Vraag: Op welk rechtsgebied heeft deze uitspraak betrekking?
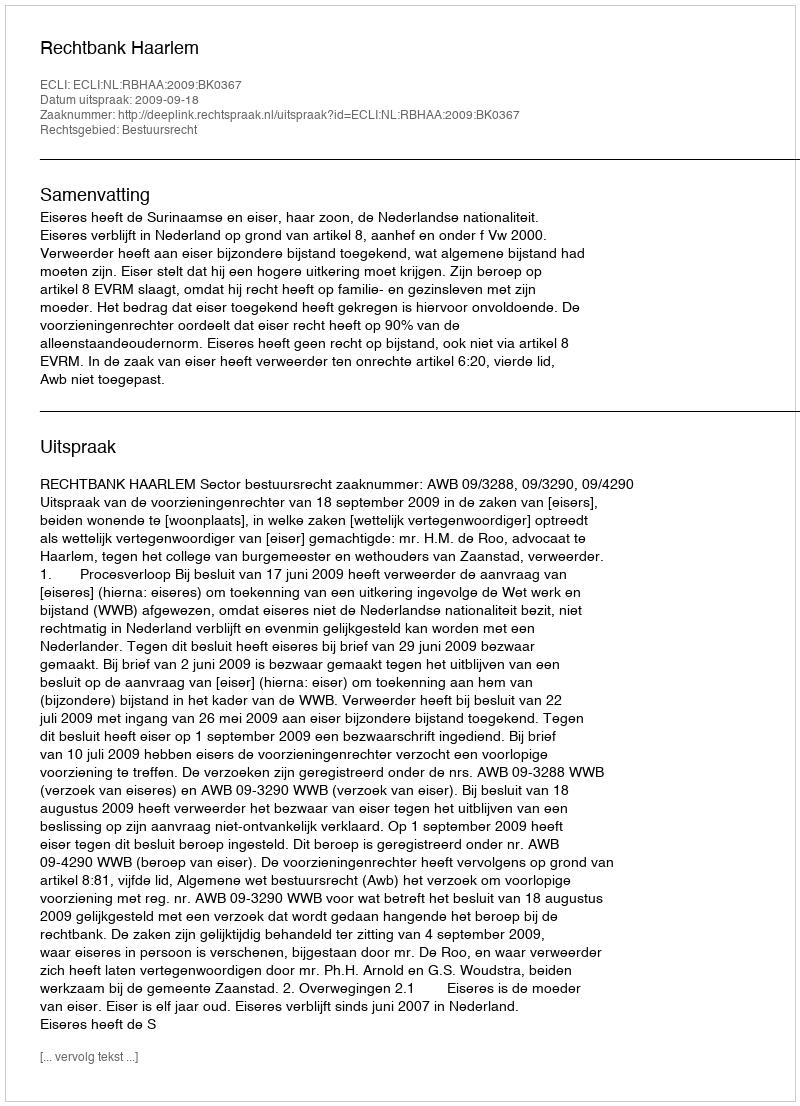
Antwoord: Bestuursrecht